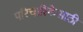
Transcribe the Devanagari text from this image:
परिचारिकेसाठी